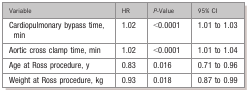
| Variable | HR | P‐Value | 95% CI |
 | --- | --- | --- | --- |
 | Cardiopulmonary bypass time, min | 1.02 | <0.0001 | 1.01 to 1.03 |
 | Aortic cross clamp time, min | 1.02 | <0.0001 | 1.01 to 1.04 |
 | Age at Ross procedure, y | 0.83 | 0.016 | 0.71 to 0.96 |
 | Weight at Ross procedure, kg | 0.93 | 0.018 | 0.87 to 0.99 |